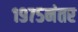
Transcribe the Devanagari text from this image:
१९७५नंतर